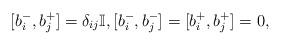
LaTeX: \begin{align*} [ b_i^- , b_j^+ ] = \delta_{ij} \mathbb{I}, [ b_i^- , b_j^- ] = [ b_i^+ , b_j^+ ] = 0,\end{align*}